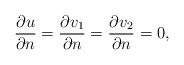
LaTeX: \begin{align*}\frac{\partial u}{\partial n}=\frac{\partial v_1}{\partial n}=\frac{\partial v_2}{\partial n}=0,\end{align*}